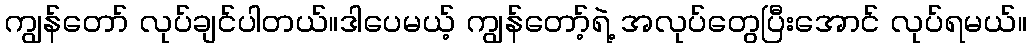
ကျွန်တော် လုပ်ချင်ပါတယ်။ဒါပေမယ့် ကျွန်တော့်ရဲ့ အလုပ်တွေပြီးအောင် လုပ်ရမယ်။